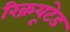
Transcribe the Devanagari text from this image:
रिक्रयूटेड